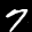
Label: 7